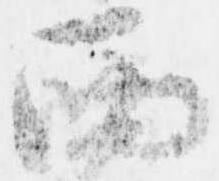
西